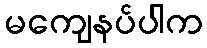
မကျေနပ်ပါက